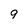
Character: 9